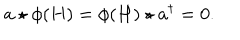
a \star \phi ( H ) = \phi ( H ) \star { a ^ { \dagger } } = 0 .